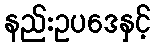
နည်းဥပဒေနှင့်